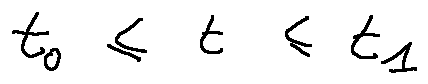
t _ { 0 } \leq t \leq t _ { 1 }